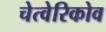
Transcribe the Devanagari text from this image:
चेत्वेरिकोव